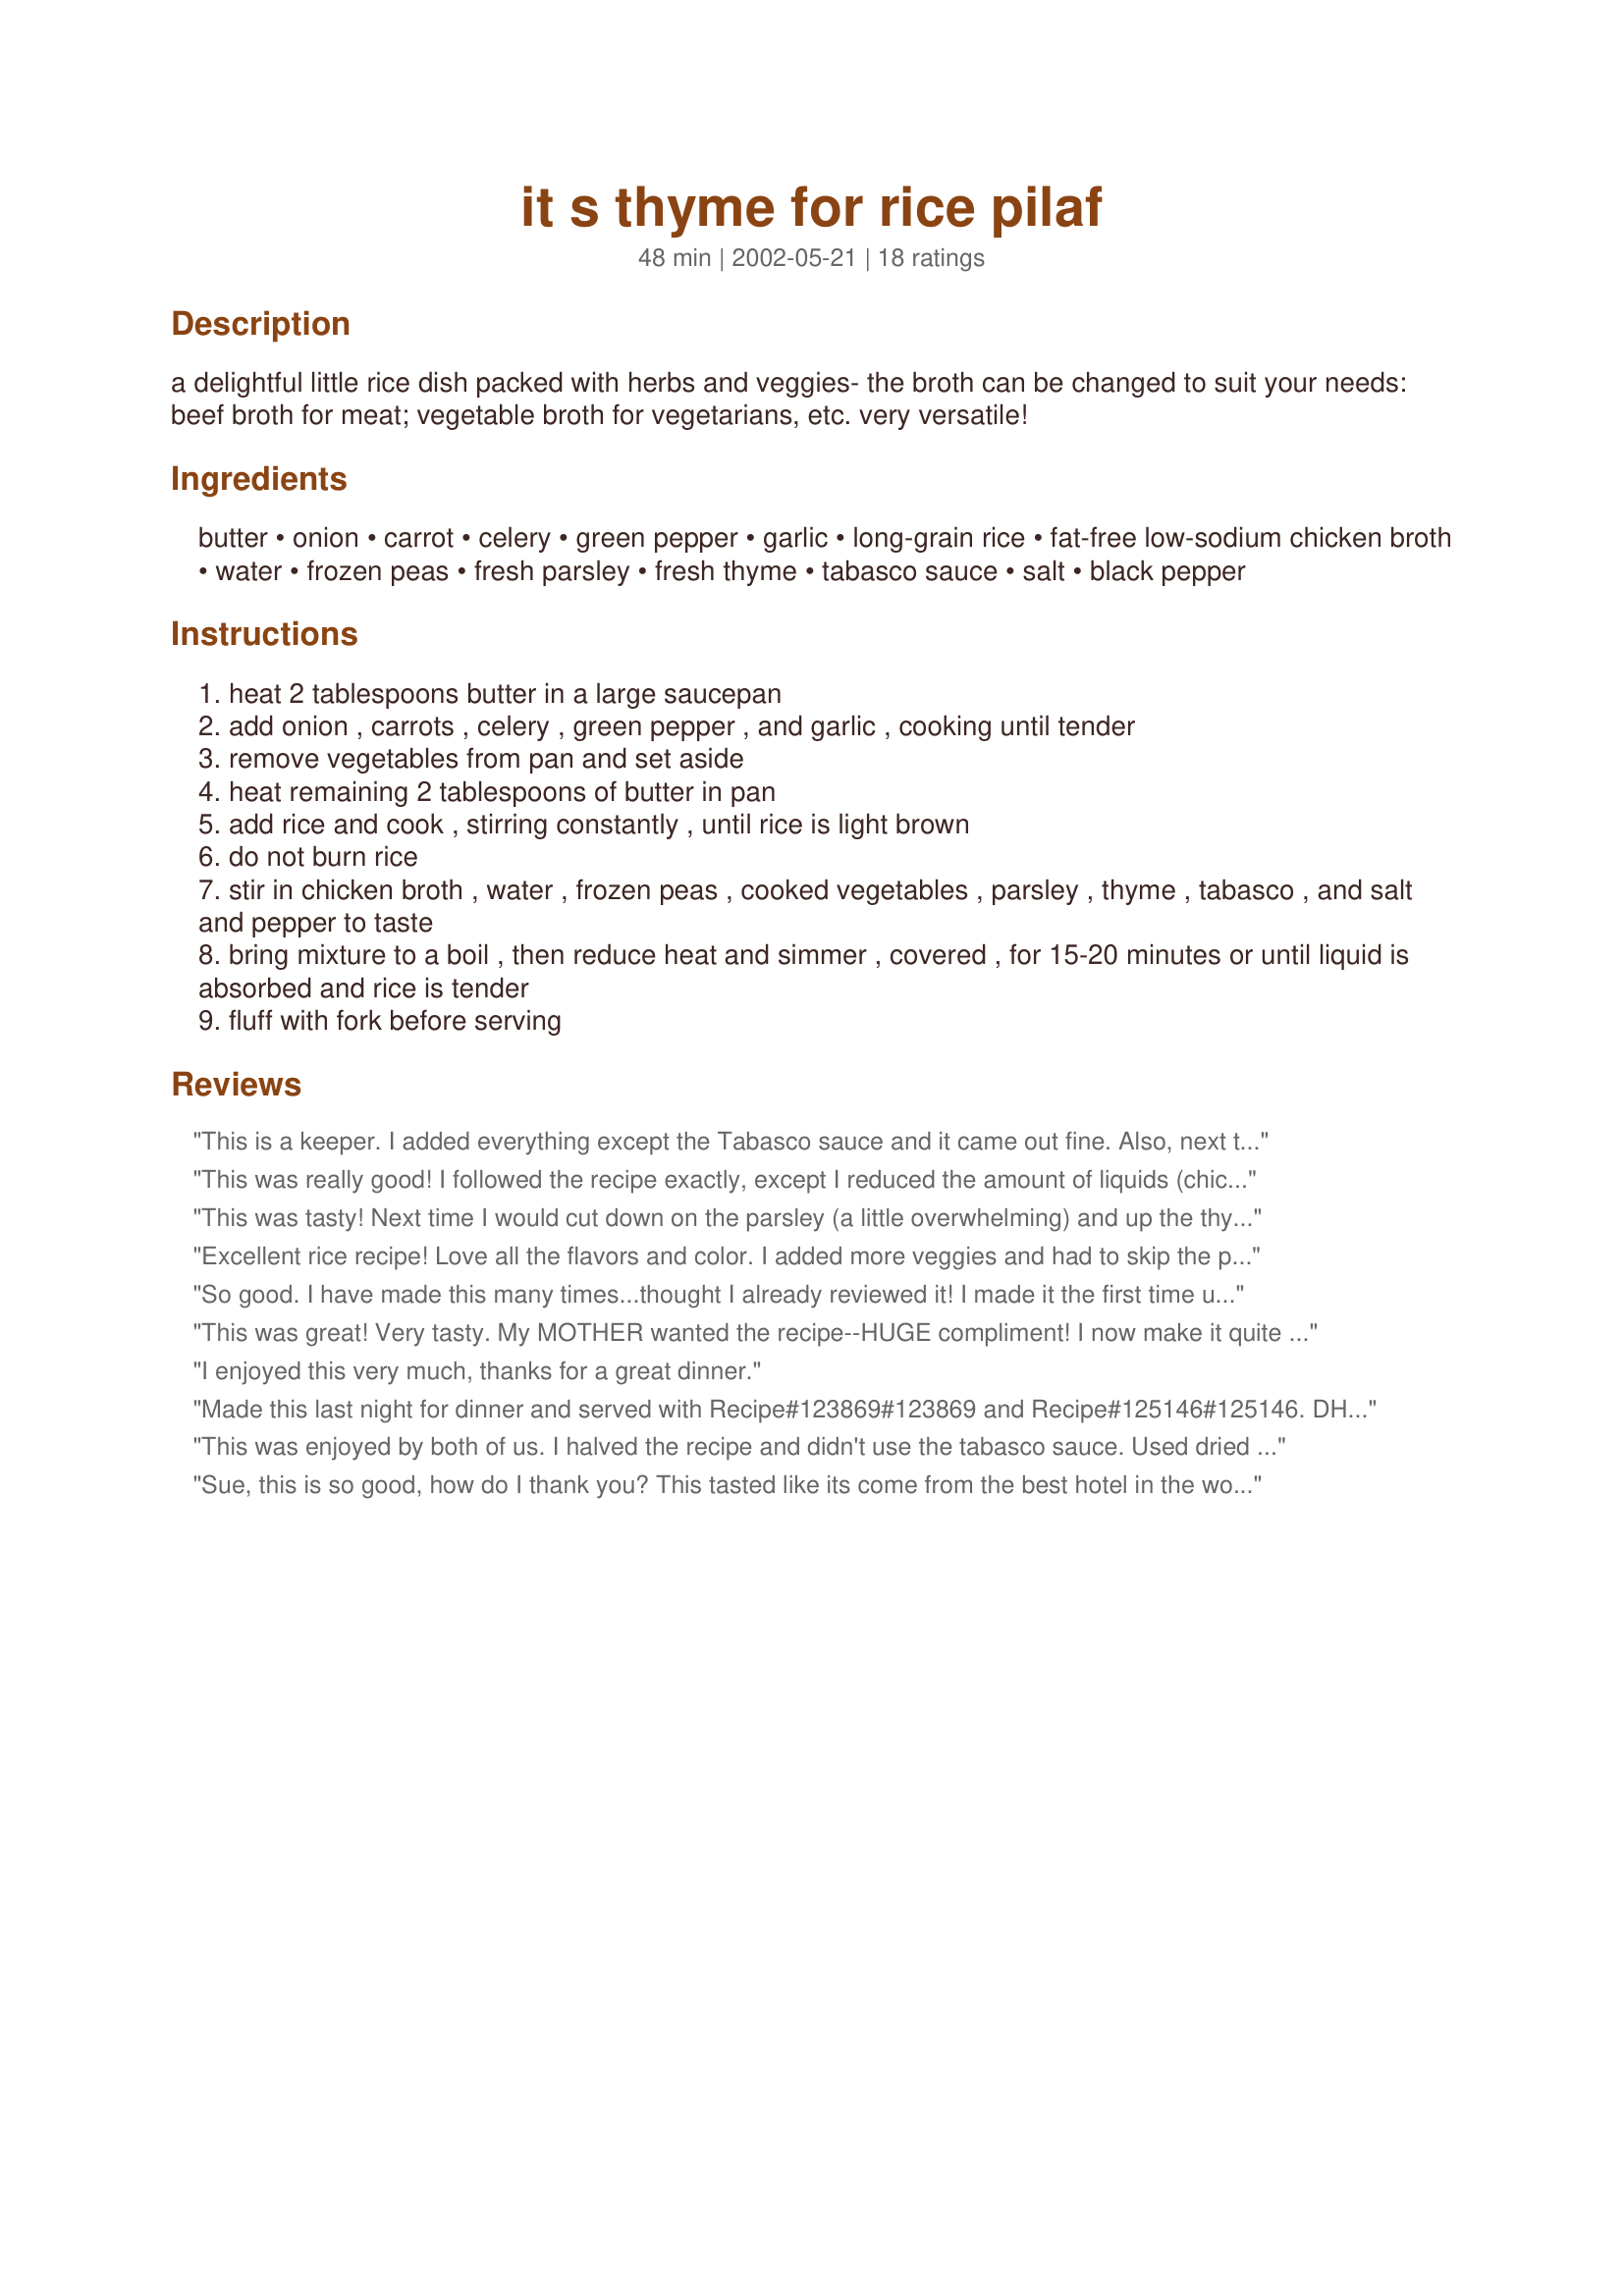
it s thyme for rice pilaf
Preparation time: 48 minutes

a delightful little rice dish packed with herbs and veggies- the broth can be changed to suit your needs: beef broth for meat; vegetable broth for vegetarians, etc. very versatile!

Ingredients:
butter, onion, carrot, celery, green pepper, garlic, long-grain rice, fat-free low-sodium chicken broth, water, frozen peas, fresh parsley, fresh thyme, tabasco sauce, salt, black pepper

Steps:
heat 2 tablespoons butter in a large saucepan
add onion , carrots , celery , green pepper , and garlic , cooking until tender
remove vegetables from pan and set aside
heat remaining 2 tablespoons of butter in pan
add rice and cook , stirring constantly , until rice is light brown
do not burn rice
stir in chicken broth , water , frozen peas , cooked vegetables , parsley , thyme , tabasco , and salt and pepper to taste
bring mixture to a boil , then reduce heat and simmer , covered , for 15-20 minutes or until liquid is absorbed and rice is tender
fluff with fork before serving

Reviews:
This is a keeper. I added everything except the Tabasco sauce and it came out fine. Also, next time I make it I will omit the parsley as I couldn't even taste it in the rice.
This was really good! I followed the recipe exactly, except I reduced the amount of liquids (chicken broth and water) just like another reviewer suggested. The result was savory, fragrant deliciousness.
This was tasty! Next time I would cut down on the parsley (a little overwhelming) and up the thyme and omit the peppers altogether. I might also toss in some pine nuts. Thanks for the recipe. :)
Excellent rice recipe! Love all the flavors and color. I added more veggies and had to skip the parsley because I was out. DH and I both loved it. I&#039;m looking forward to making this as a side for kebabs. Thanks for sharing this keeper recipe.
So good. I have made this many times...thought I already reviewed it! I made it the first time using butter, but since have both cut down on the amount and substituted margarine and it has turned out fine (butter lends a richer flavor, though!) I always use brown rice, cooking about 35 minutes, and adding the peas the last 5 minutes. Love it!
This was great! Very tasty. My MOTHER wanted the recipe--HUGE compliment! I now make it quite often when using rice as a side dish. Thanx!
I enjoyed this very much, thanks for a great dinner.
Made this last night for dinner and served with Recipe#123869#123869 and Recipe#125146#125146. DH said I could make this anytime. I cut the recipe in half and used jasmine rice and followed the directions completely. Next time I might add the peas at the last minute but this was DELICIOUS! Thank you. Made for Herb of the Month: Thyme French Forum 2010.
This was enjoyed by both of us. I halved the recipe and didn't use the tabasco sauce. Used dried parsley and dried tyme, never seem to have fresh in the house. I foze up what we didn't eat and just today found it in the freezer and realized I didn't post a review. Very good, thanks for the recipe Sue.
Sue, this is so good, how do I thank you? This tasted like its come from the best hotel in the world. It was very flavourful and an extremely good comfort food. I did substitute the butter/margarine with cooking oil and the Tobasco sauce with Soy sauce as I didnt have that on hand. Otherwise, I stuck to the recipe. One thing that I wanted to point out was that after the veggies are cooked and kept aside, when the rice is added in, its not necessary to stir fry it for 7-8 minutes to obtain the light brown colour. The colour comes to the light brown shade within 2-3 minutes maximum. Keeping the rice without any liquid(stock/water) for 7-8 minutes would DEFINITELY result in burning the rice. This is otherwise a perfect recipe for a lunch party! Thanks, will make it the next time we have a party!
Very colorful, very flavorful rice. I used brown rice, next time I'll use white and I'll add the peas at the end of the cooking time in order to preserve that beautiful green.
Very good rice pilaf, have made it several times now.
Made this tonight for dinner to go with sauteed flounder. My family RAVED about it. I didn't have chicken broth so I just used water and it was still very flavorful. I also left out the peas, parsley and tabasco (personal preference). I only used 1 cup of rice (Jasmine) with 1.5 cups water and adjusted the veggie volume. Now I wished I'd made more because it was so tasty!
Terrific! Used red peppers instead of green(personal taste thing) and some finely chopped zucchini. Added golden raisins and pistachios toward the end of simmer time. Beautiful dish when plated and very tasty served with roasted game hen halves
I decided to venture out of my rice-a-roni rut and this was a great option! I used boullion cubes, which are pretty salty. Next time I'll try it with a better quality broth (maybe even homemade if I'm feeling ambitious).
This was very tasty and flavorful rice. I served this with grilled shrimp and my family loved it. Thank you for sharing this wonderful, easy recipe...it is definitely a keeper.
This was great - a real keeper. I added mushrooms instead of green peppers (my hubby hates them) and omitted the Tabasco because my kids are really sensitive to anything spicy. I also used 2 cups of chicken broth and a quarter cup of water - this was plenty, the rice was perfect. The flavors are great, nothing too over powering... blends very nicely. Perfect compliment to a lemon pepper turkey breast and steamed green beans. Delicious!
I have to say this was really good and so full of flavor! I was even shocked to see my 3 year old eating it. This is a keeper! Thanks Sue L....
